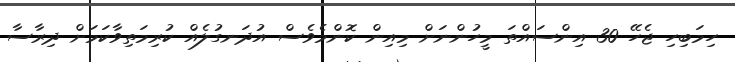
ހިމަބިހި ޖެހޭ 30 އިންސައްތަ މީހުންނަށް މިއިން ކޮންމެވެސް އުދަނގުލެއް ކުރިމަތިވާކަމަށް ދިރާސާ